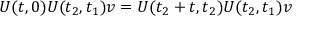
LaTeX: U ( t , 0 ) U ( t _ { 2 } , t _ { 1 } ) v = U ( t _ { 2 } + t , t _ { 2 } ) U ( t _ { 2 } , t _ { 1 } ) v